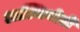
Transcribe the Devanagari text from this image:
आल्जिनोटों